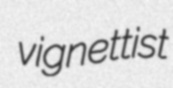
vignettist